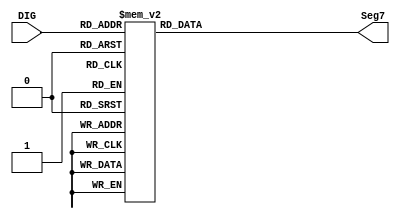
module decoder(DIG,Seg7);	

	input [3:0] DIG;
	output reg [6:0] Seg7;
	
	always@(DIG) begin
		case(DIG)					  //abcdefg 
			4'b0000 : Seg7[6:0] = 7'b1000000; // 0
			4'b0001 : Seg7[6:0] = 7'b1111001; // 1
			4'b0010 : Seg7[6:0] = 7'b0100100; // 2
			4'b0011 : Seg7[6:0] = 7'b0110000; // 3
			4'b0100 : Seg7[6:0] = 7'b0011001; // 4
			4'b0101 : Seg7[6:0] = 7'b0010010; // 5
			4'b0110 : Seg7[6:0] = 7'b0000010; // 6
			4'b0111 : Seg7[6:0] = 7'b1111000; // 7
			4'b1000 : Seg7[6:0] = 7'b0000000; // 8
			4'b1001 : Seg7[6:0] = 7'b0010000; // 9
			default : Seg7[6:0] = 7'b1000000; // 0
		endcase	
	end
endmodule